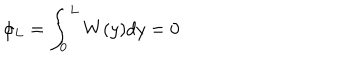
\phi _ { L } = \int _ { 0 } ^ { L } W ( y ) d y = 0